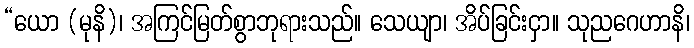
“ယော (မုနိ)၊ အကြင်မြတ်စွာဘုရားသည်။ သေယျာ၊ အိပ်ခြင်းငှာ။ သုညဂေဟာနိ၊